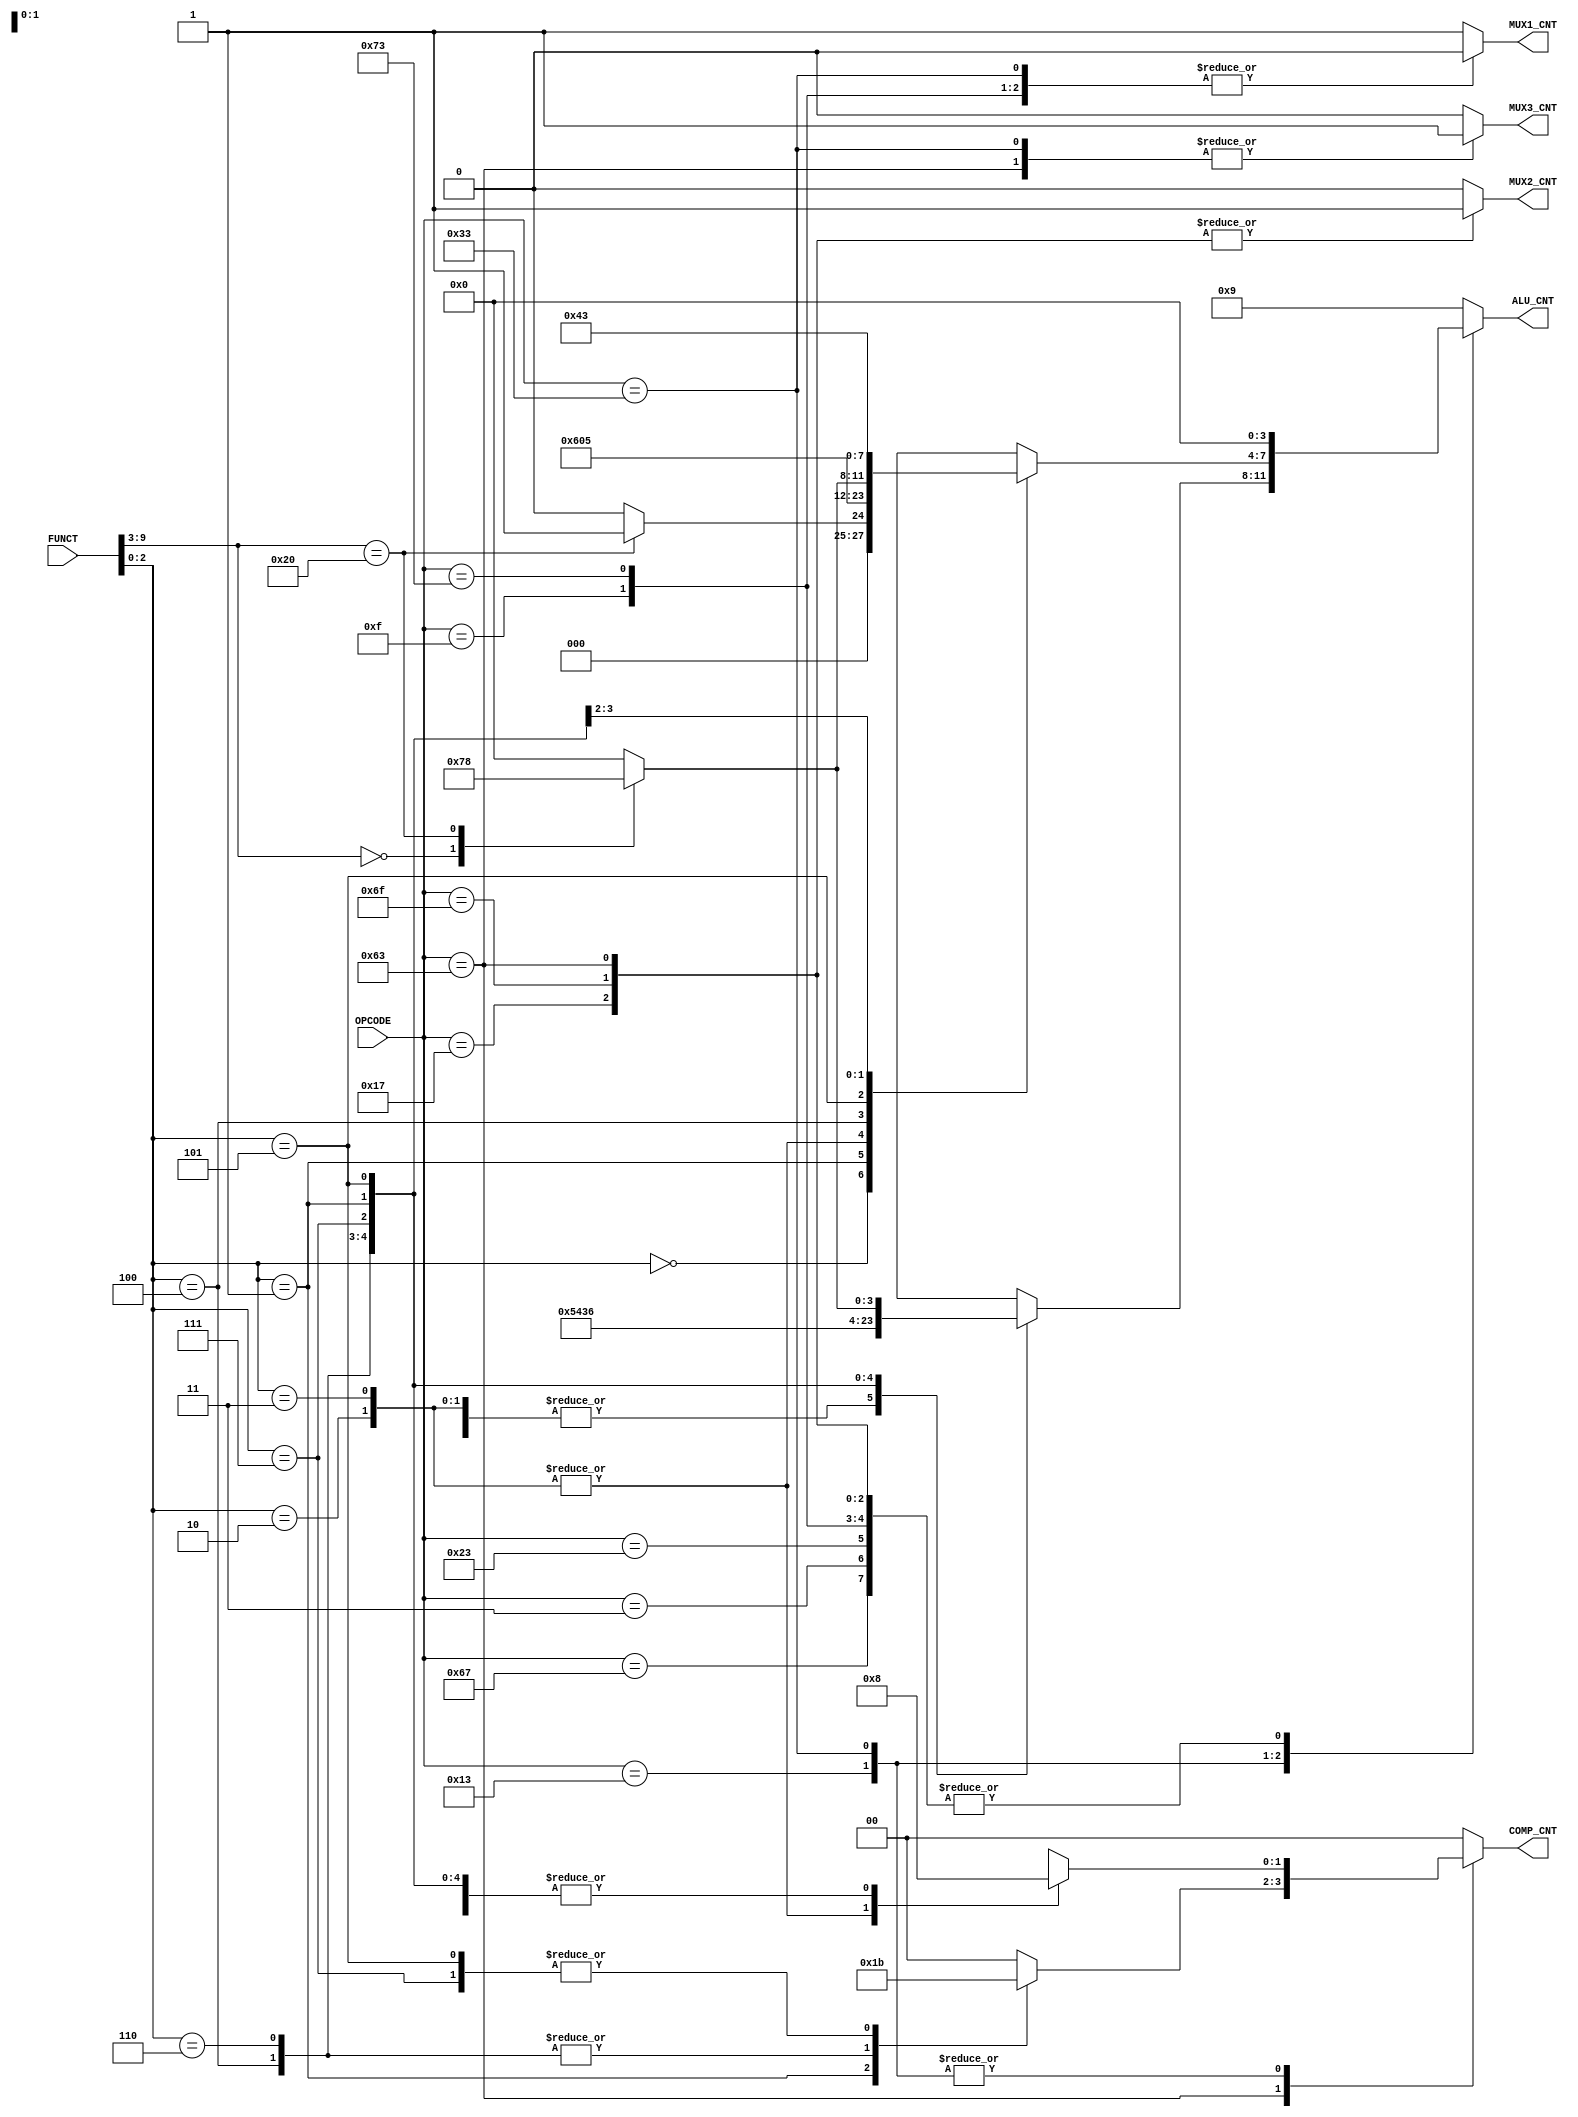
`timescale 1ns / 1ps
//////////////////////////////////////////////////////////////////////////////////
// Company: 
// 
// Design Name: 
// Module Name: CONTROLER_EXSTAGE
// Project Name: 
// Target Devices: 
// Tool Versions: 
// Description: 
// 
// Dependencies: 
// 
// Revision:
// Revision 0.01 - File Created
// Additional Comments:
// 
//////////////////////////////////////////////////////////////////////////////////


module CONTROLER_EXSTAGE(
    input [6:0] OPCODE,
    input [9:0] FUNCT, 
        // Environment Call and Breakpoints - all 15 bits
        //REG to REG operationd             - First 10bits
        // R I S type                       - First 3 bits 
    output [3:0] ALU_CNT,
    output [1:0] COMP_CNT,
    output MUX1_CNT,
    output MUX2_CNT,
    output MUX3_CNT
    );
    
    reg [3:0] ALU_CNT_L;      //latches
    reg [1:0] COMP_CNT_L;
    reg MUX1_CNT_L;
    reg MUX2_CNT_L;
    reg MUX3_CNT_L;
    
    always@(*)
    begin
        case (OPCODE[6:0])
            7'b0110111: //LUI
            begin
                ALU_CNT_L         = 4'b1001;
                COMP_CNT_L        = 2'b00;
                MUX1_CNT_L        = 1'b1;
                MUX2_CNT_L        = 1'b0;
                MUX3_CNT_L        = 1'b0;
            end
            7'b0010111: //AUIPC
            begin
                ALU_CNT_L         = 4'b0000;
                COMP_CNT_L        = 2'b00;
                MUX1_CNT_L        = 1'b1;
                MUX2_CNT_L        = 1'b1;
                MUX3_CNT_L        = 1'b0;    //not used
            end
            7'b1101111: //JAL
            begin
                ALU_CNT_L         = 4'b0000;
                COMP_CNT_L        = 2'b00;
                MUX1_CNT_L        = 1'b1;
                MUX2_CNT_L        = 1'b1;
                MUX3_CNT_L        = 1'b0;
            end
            7'b1100111: //JALR
            begin
                ALU_CNT_L         = 4'b0000;
                COMP_CNT_L        = 2'b00;
                MUX1_CNT_L        = 1'b1;
                MUX2_CNT_L        = 1'b0;
                MUX3_CNT_L        = 1'b0;
            end
            7'b1100011:
            begin 
                ALU_CNT_L         = 4'b0000;
                MUX1_CNT_L        = 1'b1;
                MUX2_CNT_L        = 1'b1;
                MUX3_CNT_L        = 1'b1;
                case (FUNCT[2:0])
                    3'b000:  //BEQ
                       COMP_CNT_L        = 2'b00;
                    3'b001:  //BNE
                       COMP_CNT_L        = 2'b01;
                    3'b100: //BLT
                       COMP_CNT_L        = 2'b10;
                    3'b101: //BGE
                       COMP_CNT_L        = 2'b11;
                    3'b110: //BLTU
                       COMP_CNT_L        = 2'b10;
                    3'b111: //BGEU
                       COMP_CNT_L        = 2'b11;
                    default:
                       COMP_CNT_L        = 2'b00;
                endcase
            end    
            7'b0000011:
            begin //LB,LH,LW,LBU,LHU
                ALU_CNT_L         = 4'b0000;
                COMP_CNT_L        = 2'b00;
                MUX1_CNT_L        = 1'b1;
                MUX2_CNT_L        = 1'b0;
                MUX3_CNT_L        = 1'b0;
            end
            7'b0100011: //SB, SH, SW
            begin 
                ALU_CNT_L         = 4'b0000;
                COMP_CNT_L        = 2'b00;
                MUX1_CNT_L        = 1'b1;
                MUX2_CNT_L        = 1'b0;
                MUX3_CNT_L        = 1'b0;
                /*case (FUNC[2:0])
                    3'b000:; //SB
                    3'b001:; //SH
                    3'b010:; //SW
                    default:;
                endcase*/ 
            end
            7'b0010011:
            begin 
                MUX1_CNT_L        = 1'b1;
                MUX2_CNT_L        = 1'b0;
                MUX3_CNT_L        = 1'b0;
                case (FUNCT[2:0])
                    3'b000: //ADDI
                    begin
                        ALU_CNT_L         = 4'b0000;
                        COMP_CNT_L        = 2'b00;
                    end
                    3'b010: //SLTI
                    begin
                        ALU_CNT_L         = 4'b0000;
                        COMP_CNT_L        = 2'b10;
                    end
                    3'b011: //SLTIU
                    begin
                        ALU_CNT_L         = 4'b0000;
                        COMP_CNT_L        = 2'b10;
                    end
                    3'b100: //XORI
                    begin
                        ALU_CNT_L         = 4'b0101;
                        COMP_CNT_L        = 2'b00;
                    end
                    3'b110: //ORI
                    begin
                        ALU_CNT_L         = 4'b0100;
                        COMP_CNT_L        = 2'b00;
                    end
                    3'b111: //ANDI
                    begin
                        ALU_CNT_L         = 4'b0011;
                        COMP_CNT_L        = 2'b00;
                    end
                    3'b001: //SLLI
                    begin
                        ALU_CNT_L         = 4'b0110;
                        COMP_CNT_L        = 2'b00;
                    end
                    3'b101:
                    begin
                       case (FUNCT[9:3])
                            7'b0000000://SRLI
                            begin
                                 ALU_CNT_L         = 4'b0111;
                                 COMP_CNT_L        = 2'b00;
                            end  
                            7'b0100000://SRAI
                            begin
                                 ALU_CNT_L         = 4'b1000;
                                 COMP_CNT_L        = 2'b00;
                            end
                            default:
                            begin
                                  ALU_CNT_L         = 4'b0000;
                                  COMP_CNT_L        = 2'b00;
                            end
                       endcase
                    end
                    default:
                    begin
                         ALU_CNT_L         = 4'b0000;
                         COMP_CNT_L        = 2'b00;
                    end
                endcase
            end
            7'b0110011:
            begin 
                MUX1_CNT_L        = 1'b0;
                MUX2_CNT_L        = 1'b0;
                MUX3_CNT_L        = 1'b1;
                case (FUNCT[2:0])
                    3'b000:
                    begin
                        case (FUNCT[9:3])
                            7'b0000000://ADD
                            begin
                                ALU_CNT_L         = 4'b0000;
                                COMP_CNT_L        = 2'b00;
                            end  
                            7'b0100000://SUB
                            begin
                                ALU_CNT_L         = 4'b0001;
                                COMP_CNT_L        = 2'b00;
                            end
                            default:
                            begin
                                ALU_CNT_L         = 4'b0000;
                                COMP_CNT_L        = 2'b00;                            end

                        endcase
                    end                    
                    3'b001: //SLL
                    begin
                        ALU_CNT_L         = 4'b0110;
                        COMP_CNT_L        = 2'b00;
                    end
                    3'b010: //SLT
                    begin
                        ALU_CNT_L         = 4'b0000;
                        COMP_CNT_L        = 2'b10;
                    end
                    3'b011: //SLTU
                    begin
                        ALU_CNT_L         = 4'b0000;
                        COMP_CNT_L        = 2'b10;
                    end
                    3'b100: //XOR
                    begin
                        ALU_CNT_L         = 4'b0101;
                        COMP_CNT_L        = 2'b00;
                    end
                    3'b101:
                    begin
                       case (FUNCT[9:3])
                          7'b0000000://SRL
                          begin
                            ALU_CNT_L         = 4'b0111;
                            COMP_CNT_L        = 2'b00;
                          end  
                          7'b0100000://SRA
                          begin
                            ALU_CNT_L         = 4'b1000;
                            COMP_CNT_L        = 2'b00;
                          end
                          default:
                          begin
                            ALU_CNT_L         = 4'b0000;
                            COMP_CNT_L        = 2'b00;
                          end
                       endcase
                    end   
                    3'b110: //OR
                    begin
                        ALU_CNT_L         = 4'b0100;
                        COMP_CNT_L        = 2'b00;
                    end
                    3'b111: //AND
                    begin
                        ALU_CNT_L         = 4'b0011;
                        COMP_CNT_L        = 2'b00;
                    end
                    default:
                    begin
                        ALU_CNT_L         = 4'b0000;
                        COMP_CNT_L        = 2'b00;
                    end
                endcase
            end
            7'b0001111:
            begin
            
                 ALU_CNT_L         = 4'b0000;
                 COMP_CNT_L        = 2'b00;
                 MUX1_CNT_L        = 1'b0;
                 MUX2_CNT_L        = 1'b0;
                 MUX3_CNT_L        = 1'b0;
                case (FUNCT[2:0])
                 /*   3'b000:; //FENCE
                    3'b001:; //FENCE.I*/
                    default:
                    begin
                       
                    end
                endcase
            end
            7'b1110011:
            begin 
            
                 ALU_CNT_L         = 4'b0000;
                 COMP_CNT_L        = 2'b00;
                 MUX1_CNT_L        = 1'b0;
                 MUX2_CNT_L        = 1'b0;
                 MUX3_CNT_L        = 1'b0;
               /* case (FUNCT[2:0])
                    3'b000: 
                    begin
                        case (FUNCT[14:3])
                           12'b000000000000:;//ECALL
                            12'b000000000001:;//EBREAK
                            default:
                            begin
                               
                            end
                        endcase
                    end      
                    3'b001: //CSRRW
                    begin
                     
                    end
                    3'b010: //CSRRS
                    begin
                       
                    end
                    3'b011: //CSRRC
                    begin
                     
                    end
                    3'b101: //CSRRWI
                    begin
                       
                    end
                    3'b110: //CSRRSI
                    begin
                       
                    end
                    3'b111: //CSRRCI
                    begin
                       
                    end
                    default:
                    begin
                        
                    end
                endcase*/
            end                
            default:
            begin
               ALU_CNT_L         = 4'b1001;
               COMP_CNT_L        = 2'b00;
               MUX1_CNT_L        = 1'b1;
               MUX2_CNT_L        = 1'b0;
               MUX3_CNT_L        = 1'b0;
            end      
        endcase
    end
    
    assign ALU_CNT = ALU_CNT_L;
    assign COMP_CNT = COMP_CNT_L;
    assign MUX1_CNT = MUX1_CNT_L;
    assign MUX2_CNT = MUX2_CNT_L;
    assign MUX3_CNT = MUX3_CNT_L;
   
endmodule